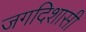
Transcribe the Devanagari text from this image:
जगदिशासी